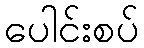
ပေါင်းစပ်